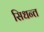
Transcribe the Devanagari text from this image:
सिधन्त